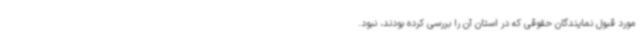
مورد قبول نمایندگان حقوقی که در استان آن را بررسی کرده بودند، نبود.